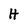
Character: H